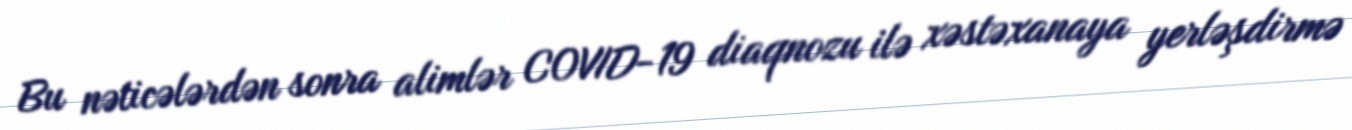
Bu nəticələrdən sonra alimlər COVID-19 diaqnozu ilə xəstəxanaya yerləşdirmə